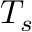
T _ { s }